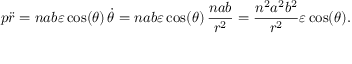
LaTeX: p { \ddot { r } } = n a b \varepsilon \cos ( \theta ) \, { \dot { \theta } } = n a b \varepsilon \cos ( \theta ) \, { \frac { n a b } { r ^ { 2 } } } = { \frac { n ^ { 2 } a ^ { 2 } b ^ { 2 } } { r ^ { 2 } } } \varepsilon \cos ( \theta ) .